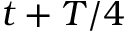
t + T / 4